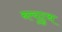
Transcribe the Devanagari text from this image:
ब्ल्यूटुथ